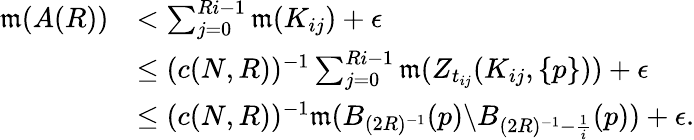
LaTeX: \begin{array}{rl}{\mathfrak{m}(A(R))}&{<\sum_{j=0}^{Ri-1}\mathfrak{m}(K_{ij})+\epsilon}\\ &{\leq(c(N,R))^{-1}\sum_{j=0}^{Ri-1}\mathfrak{m}(Z_{t_{ij}}(K_{ij},\{ p\} ))+\epsilon}\\ &{\leq(c(N,R))^{-1}\mathfrak{m}(B_{(2R)^{-1}}(p)\backslash B_{(2R)^{-1}-\frac{1}{i}}(p))+\epsilon.}\end{array}